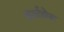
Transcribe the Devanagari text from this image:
कर्णमेरु